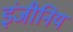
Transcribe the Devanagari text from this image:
इंजीनिय